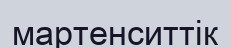
мартенситтік